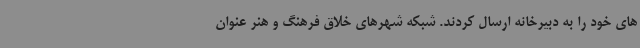
های خود را به دبیرخانه ارسال کردند. شبکه شهرهای خلاق فرهنگ و هنر عنوان